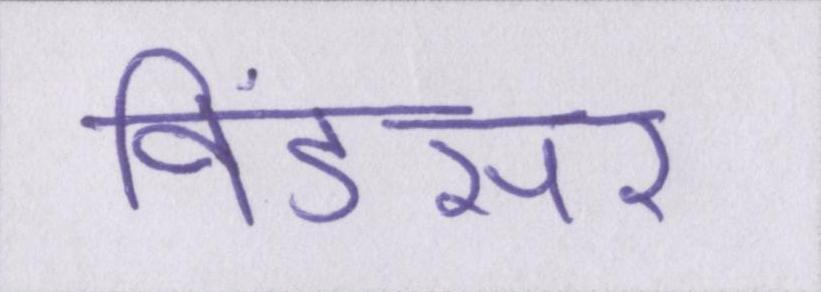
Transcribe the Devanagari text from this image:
विंडसर